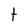
Character: t